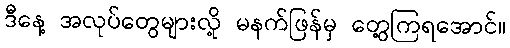
ဒီနေ့ အလုပ်တွေများလို့ မနက်ဖြန်မှ တွေ့ကြရအောင်။